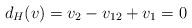
LaTeX: \begin{align*}d_H(v)=v_2-v_{12}+v_1=0\end{align*}